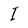
Character: I